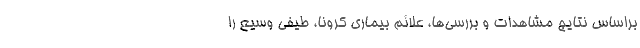
براساس نتایج مشاهدات و بررسی‌ها، علائم بیماری کرونا، طیفی وسیع را